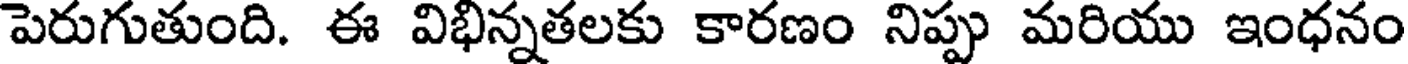
పెరుగుతుంది. ఈ విభిన్నతలకు కారణం నిప్పు మరియు ఇంధనం